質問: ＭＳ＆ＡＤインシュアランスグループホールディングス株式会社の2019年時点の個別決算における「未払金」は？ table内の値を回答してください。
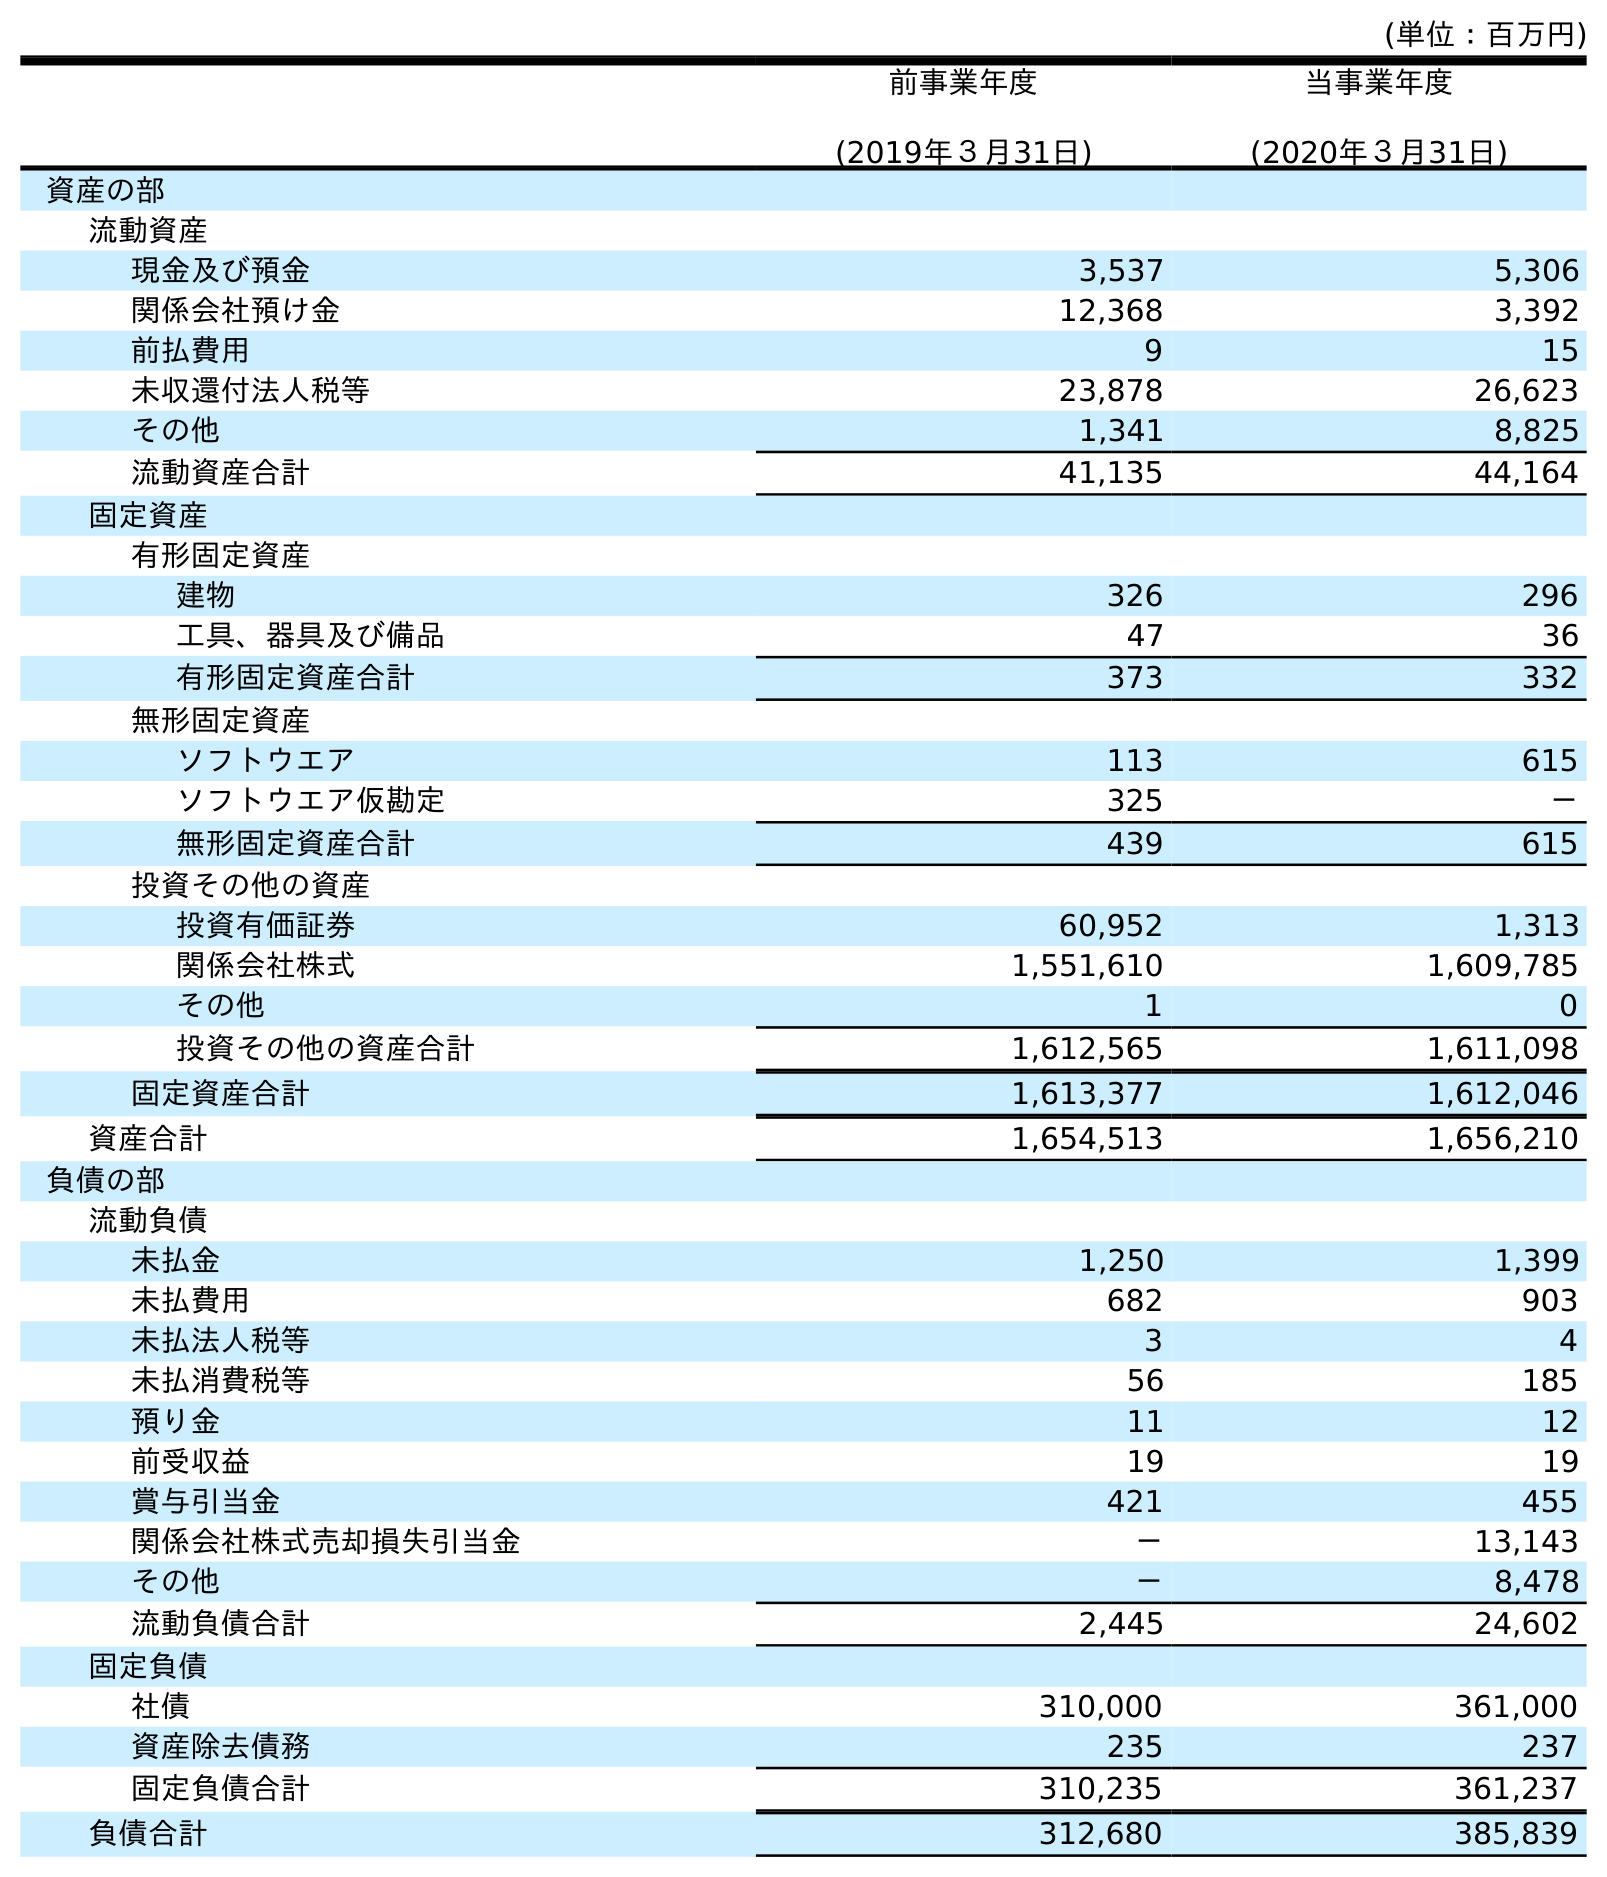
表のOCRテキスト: (単位：百万円) 前事業年度 (2019年３月31日) 当事業年度 (2020年３月31日) 資産の部 流動資産 現金及び預金 3,537 5,306 関係会社預け金 12,368 3,392 前払費用 9 15 未収還付法人税等 23,878 26,623 その他 1,341 8,825 流動資産合計 41,135 44,164 固定資産 有形固定資産 建物 326 296 工具、器具及び備品 47 36 有形固定資産合計 373 332 無形固定資産 ソフトウエア 113 615 ソフトウエア仮勘定 325 － 無形固定資産合計 439 615 投資その他の資産 投資有価証券 60,952 1,313 関係会社株式 1,551,610 1,609,785 その他 1 0 投資その他の資産合計 1,612,565 1,611,098 固定資産合計 1,613,377 1,612,046 資産合計 1,654,513 1,656,210 負債の部 流動負債 未払金 1,250 1,399 未払費用 682 903 未払法人税等 3 4 未払消費税等 56 185 預り金 11 12 前受収益 19 19 賞与引当金 421 455 関係会社株式売却損失引当金 － 13,143 その他 － 8,478 流動負債合計 2,445 24,602 固定負債 社債 310,000 361,000 資産除去債務 235 237 固定負債合計 310,235 361,237 負債合計 312,680 385,839
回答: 1,250